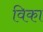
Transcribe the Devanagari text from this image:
विका